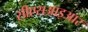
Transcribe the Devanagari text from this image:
सीएसआइआर